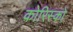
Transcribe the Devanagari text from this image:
कोरिस्को